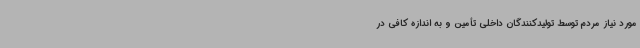
مورد نیاز مردم توسط تولیدکنندگان داخلی تأمین و به اندازه کافی در